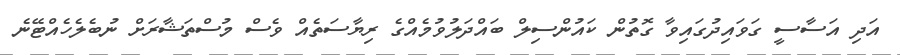
އަދި އަސާސީ ގަވައިދުގައިވާ ގޮތުން ކައުންސިލް ބައްދަލުވުމެއްގެ ރިޔާސަތެއް ވެސް މުސްތަޝާރަށް ނުބެލެހެއްޓޭނެ